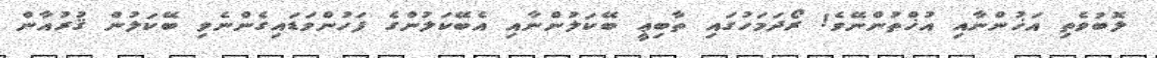
ލޮބުވެތި އަޚުންނާއި އުޚްތުންނޭވެ! ރޯދަމަހުގައި ތާބިޢީ ބޭކަލުންނާއި އެބޭކަލުންގެ ފަހުންވަޑައިގެންނެވި ބޭކަލުން ޤުރުއާން